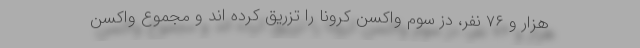
هزار و ۷۶ نفر، دُز سوم واکسن کرونا را تزریق کرده اند و مجموع واکسن